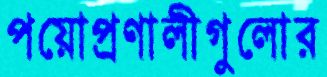
পয়োপ্রণালীগুলোর